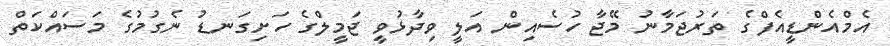
އެމްއެންޑީއެފްގެ ތަރުޖަމާނު މޭޖާ ހުސެއިން އަލީ ވިދާޅުވީ ޖަމީލްގެ ހަށިގަނޑު ނެގުމުގެ މަސައްކަތް